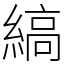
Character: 縞